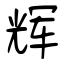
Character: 辉